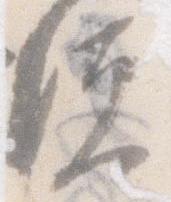
便